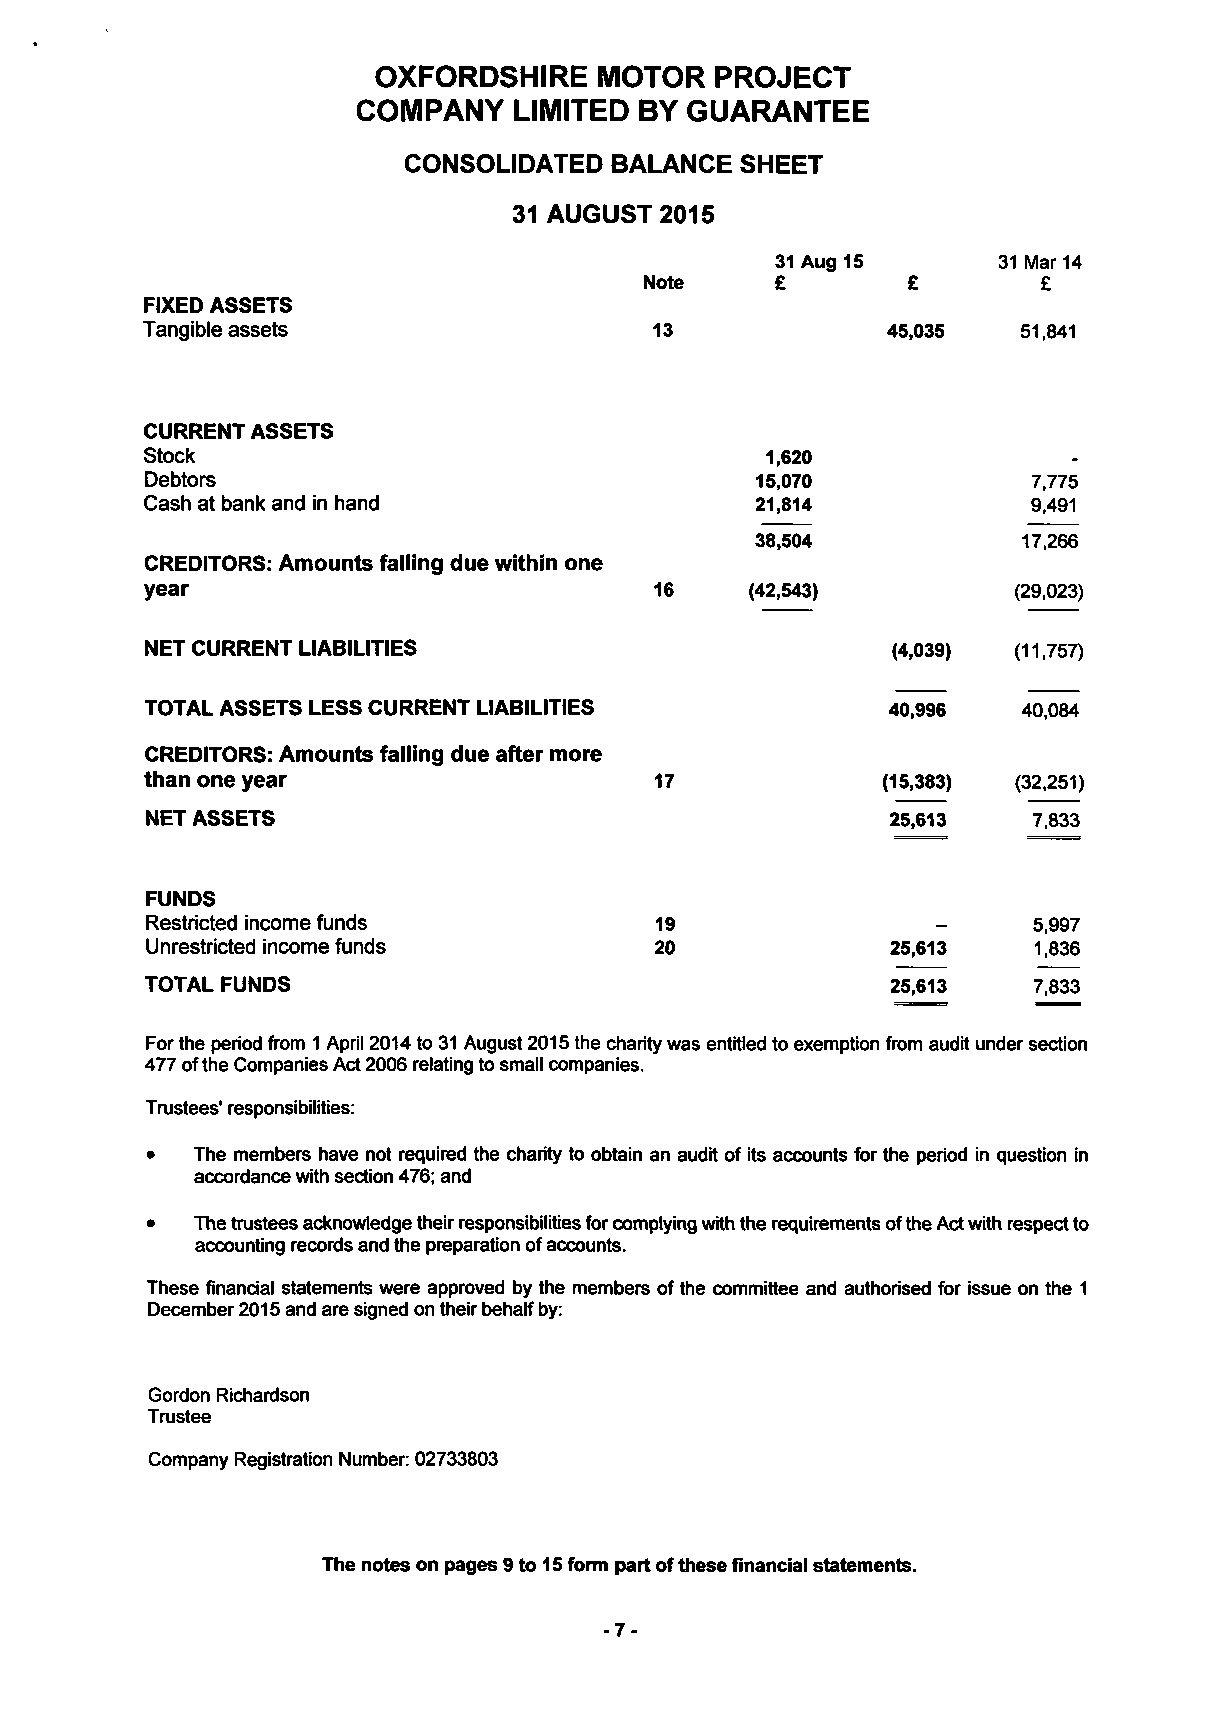
OXFORDSHIRE    MOTOR  PROJECT
 COMPANY   LIMITED BY  GUARANTEE
 CONSOLIDATED BALANCE  SHEET
 31 AUGUST 2015
 31 Aug 15      31 Mar 14
 Note    £        £        £
 FIXED ASSETS
 Tangible assets                   13              45,035   51,841
 CURRENT ASSETS
 Stock                                    1,620
 Debtors                                 15,070            7,775
 Cash at bank and in hand                21,814            9,491
 38,504            17,266
 CREDITORS: Amounts falling due within one
 year                             16     (42,543)         (29,023)
 NET CURRENT LIABILITIES                          (4,039) (11,757)
 TOTAL ASSETS LESS CURRENT LIABILITIES            40,996   40,084
 CREDITORS: Amounts falling due after more
 than one year                    17             (15,383) (32,251)
 NET ASSETS                                       25,613   7,833
 FUNDS
 Restricted income funds          19                       5,997
 Unrestricted income funds        20              25,613   1,836
 TOTAL FUNDS                                      25,613   7,833
 For the period from 1 April 2014 to 31 August 2015 the charity was entitled to exemption from audit under section
 477 ofthe Companies Act 2006 relating to small companies.
 Trustees' responsibilities:
 •  The members have not required the charity to obtain an audit of its accounts for the period in question in
 accordance with section 476; and
 •  The trustees acknowledge their responsibilities for complying with the requirements of the Act with respect to
 accounting records and the preparation of accounts.
 These financial statements were approved by the members of the committee and authorised for issue on the 1
 December 2015 and are signed on their behalf by:
 Gordon Richardson
 Trustee
 Company Registration Number: 02733803
 The notes on pages 9 to 15 form part of these financial statements.
 -7-